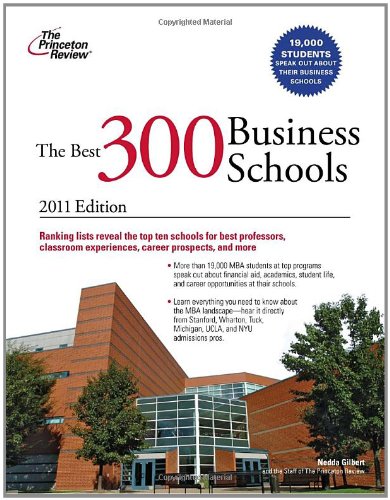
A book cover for The Best 300 Business Schools, 2011 Edition (Graduate School Admissions Guides); Princeton Review; Education & Teaching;